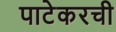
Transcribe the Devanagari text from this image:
पाटेकरची